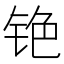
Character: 铯